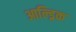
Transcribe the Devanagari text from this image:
आल्ड्रिक